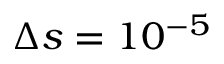
\Delta s = 1 0 ^ { - 5 }